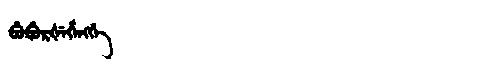
Manchu: ᠪᡠᠪᡠᡵᡧᡝᡥᡝᠩᡤᡝ
Romanization: BUBURŠEHENGGE